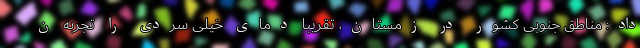
داد: مناطق جنوبی کشور در زمستان، تقریبا دمای خیلی سردی را تجربه ن